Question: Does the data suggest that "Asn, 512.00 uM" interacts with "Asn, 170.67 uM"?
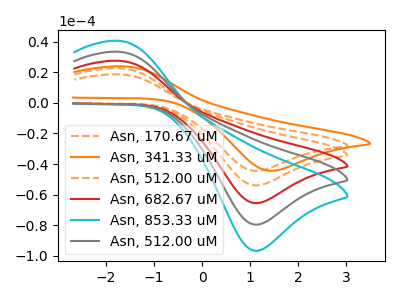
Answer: <think>The orange dashed curve "Asn, 170.67 uM" has an anodic peak at (-1.75V, 22.65uA) and a cathodic peak at (1.10V, -53.90uA). The orange curve "Asn, 341.33 uM" has an anodic peak at (-1.65V, 23.85uA) and a cathodic peak at (1.40V, -44.35uA). The orange dashed curve "Asn, 512.00 uM" has an anodic peak at (-1.75V, 18.65uA) and a cathodic peak at (1.10V, -44.35uA). The red curve "Asn, 682.67 uM" has an anodic peak at (-1.75V, 45.25uA) and a cathodic peak at (1.10V, -107.75uA). The cyan curve "Asn, 853.33 uM" has an anodic peak at (-1.75V, 90.50uA) and a cathodic peak at (1.10V, -215.55uA). The gray curve "Asn, 512.00 uM" has an anodic peak at (-1.75V, 67.90uA) and a cathodic peak at (1.10V, -161.65uA).
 All the peaks in "Asn, 512.00 uM" have a peak in "Asn, 170.67 uM" at the same potential. Every peak in "Asn, 512.00 uM" is lower than every peak in "Asn, 170.67 uM".</think>
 <answer>No, "Asn, 512.00 uM" and "Asn, 170.67 uM" don't appear to be significantly different in shape</answer>
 <eval>no_change</eval>